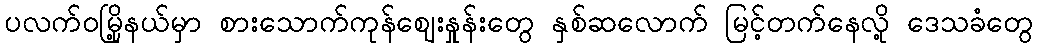
ပလက်ဝမြို့နယ်မှာ စားသောက်ကုန်ဈေးနှုန်းတွေ နှစ်ဆလောက် မြင့်တက်နေလို့ ဒေသခံတွေ